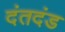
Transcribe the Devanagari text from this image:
दंतदंड